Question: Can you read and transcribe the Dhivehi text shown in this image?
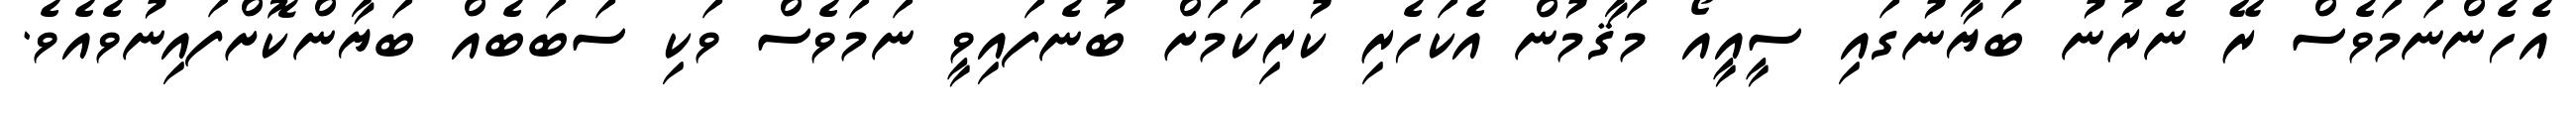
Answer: އެހެންނަމަވެސް ރޭ ނެރުނު ބަޔާނުގައި ސީއީއޯ މަޤާމުން އެކަހެރި ކުރިކަމަށް ބުނެފައިވީ ނަމަވެސް ވަކި ސަބަބެއް ބަޔާންކޮށްފައިނުވެއެވެ.